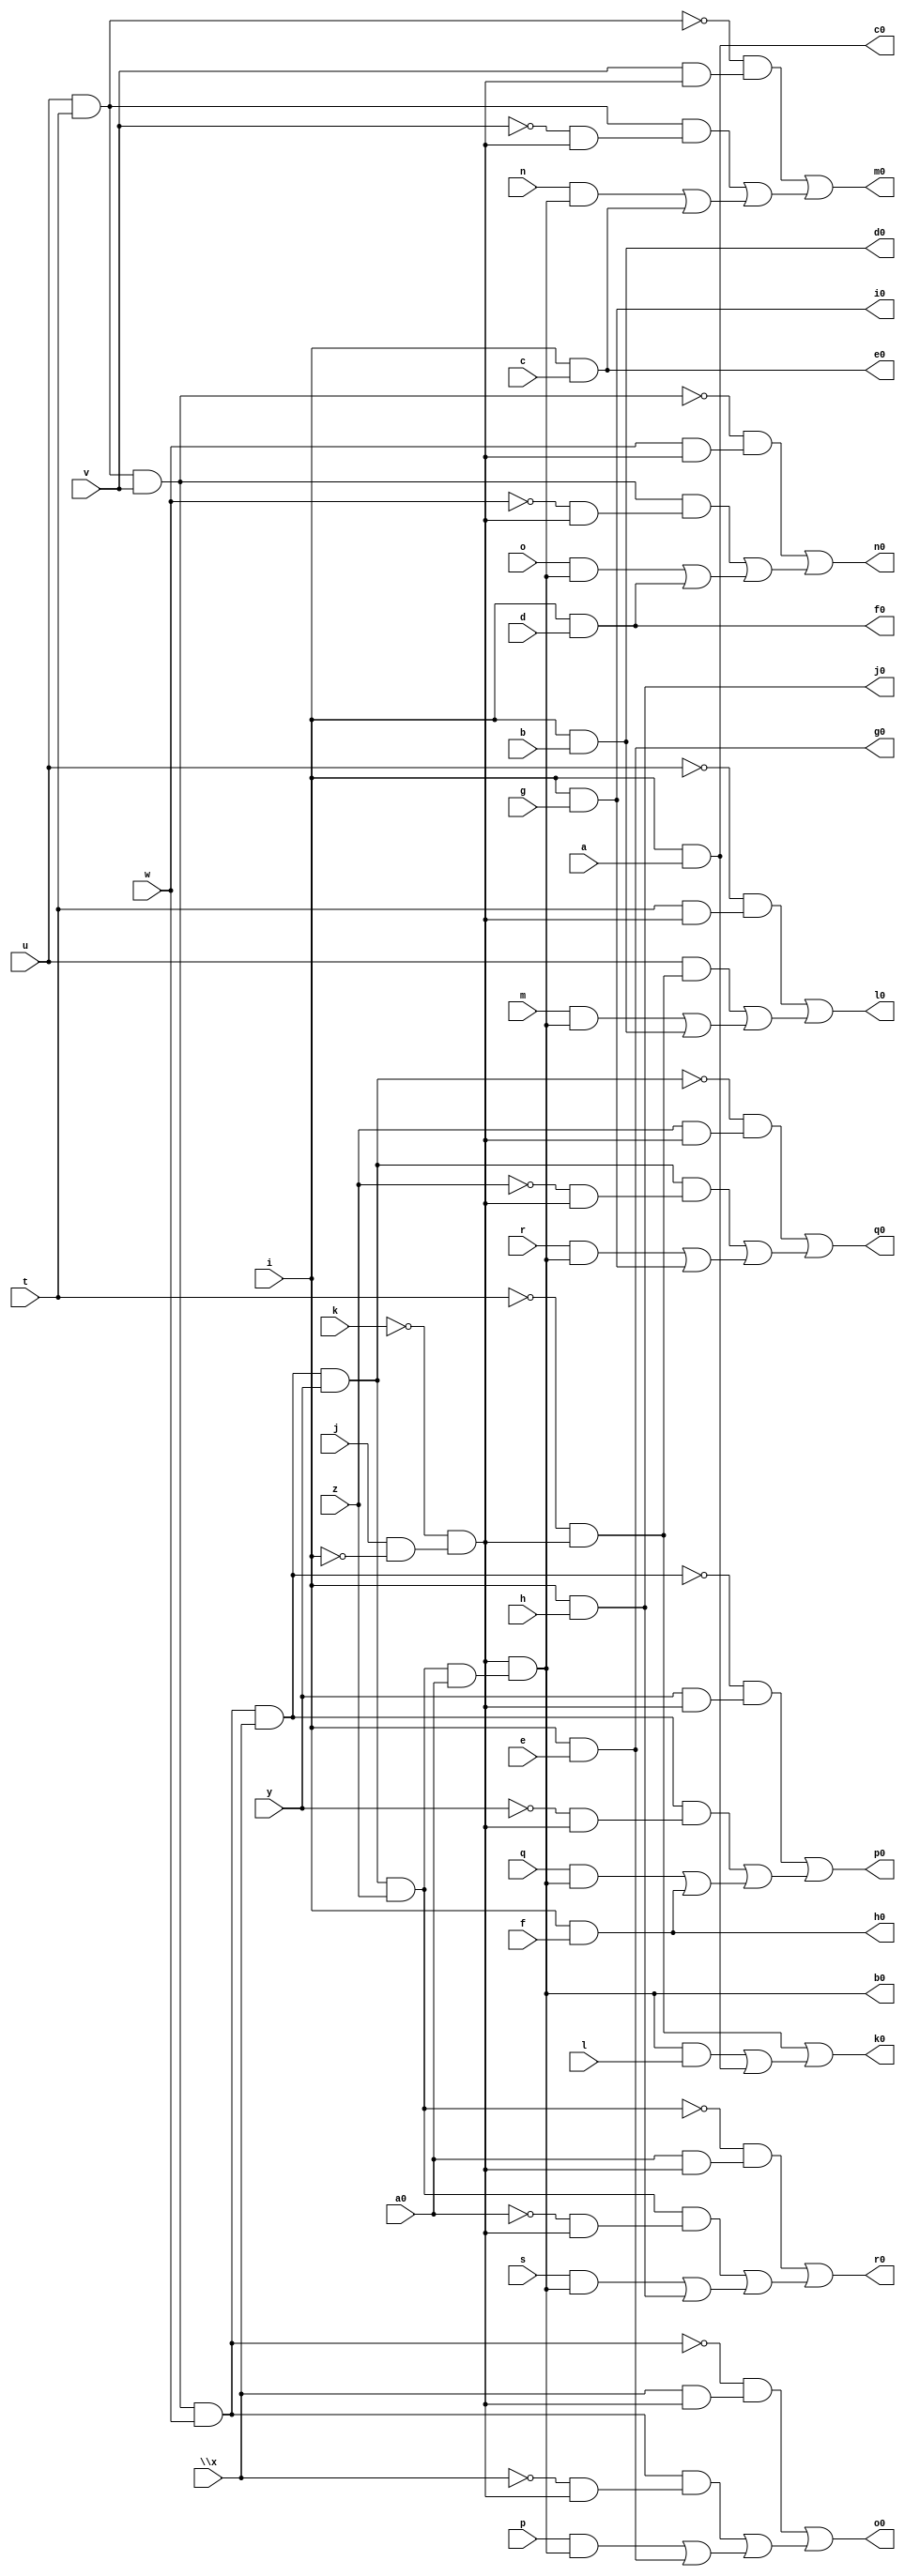
// IWLS benchmark module "pcler8_cl" printed on Wed May 29 17:28:07 2002
module pcler8_cl(a, b, c, d, e, f, g, h, i, j, k, l, m, n, o, p, q, r, s, t, u, v, w, \x , y, z, a0, b0, c0, d0, e0, f0, g0, h0, i0, j0, k0, l0, m0, n0, o0, p0, q0, r0);
input
  a,
  b,
  c,
  d,
  e,
  f,
  g,
  h,
  i,
  j,
  k,
  l,
  m,
  n,
  o,
  p,
  q,
  r,
  s,
  t,
  u,
  v,
  w,
  \x ,
  y,
  z,
  a0;
output
  k0,
  l0,
  m0,
  n0,
  o0,
  p0,
  q0,
  r0,
  b0,
  c0,
  d0,
  e0,
  f0,
  g0,
  h0,
  i0,
  j0;
wire
  \[13] ,
  \[14] ,
  \[15] ,
  \[16] ,
  \[0] ,
  a2,
  \[1] ,
  b2,
  \[2] ,
  c2,
  \[3] ,
  d2,
  \[4] ,
  e2,
  \[5] ,
  f2,
  \[6] ,
  g2,
  \[7] ,
  \[8] ,
  \[10] ,
  \[9] ,
  \[11] ,
  \[12] ;
assign
  k0 = \[9] ,
  \[13]  = (~g2 & (\x  & a2)) | ((g2 & (~\x  & a2)) | ((p & \[0] ) | \[5] )),
  l0 = \[10] ,
  \[14]  = (~b2 & (y & a2)) | ((b2 & (~y & a2)) | ((q & \[0] ) | \[6] )),
  m0 = \[11] ,
  \[15]  = (~e2 & (z & a2)) | ((e2 & (~z & a2)) | ((r & \[0] ) | \[7] )),
  n0 = \[12] ,
  \[16]  = (~c2 & (a0 & a2)) | ((c2 & (~a0 & a2)) | ((s & \[0] ) | \[8] )),
  o0 = \[13] ,
  p0 = \[14] ,
  q0 = \[15] ,
  r0 = \[16] ,
  \[0]  = a2 & (c2 & a0),
  a2 = ~k & (j & ~i),
  \[1]  = i & a,
  b0 = \[0] ,
  b2 = g2 & \x ,
  \[2]  = i & b,
  c0 = \[1] ,
  c2 = e2 & z,
  \[3]  = i & c,
  d0 = \[2] ,
  d2 = f2 & v,
  \[4]  = i & d,
  e0 = \[3] ,
  e2 = b2 & y,
  \[5]  = i & e,
  f0 = \[4] ,
  f2 = u & t,
  \[6]  = i & f,
  g0 = \[5] ,
  g2 = d2 & w,
  \[7]  = i & g,
  h0 = \[6] ,
  \[8]  = i & h,
  \[10]  = (~u & (t & a2)) | ((u & (~t & a2)) | ((m & \[0] ) | \[2] )),
  i0 = \[7] ,
  \[9]  = (a2 & ~t) | ((\[0]  & l) | \[1] ),
  \[11]  = (~f2 & (v & a2)) | ((f2 & (~v & a2)) | ((n & \[0] ) | \[3] )),
  j0 = \[8] ,
  \[12]  = (~d2 & (w & a2)) | ((d2 & (~w & a2)) | ((o & \[0] ) | \[4] ));
endmodule